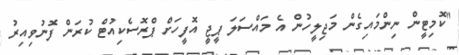
"ކޮމިޓީން ނިންމައިގެން މަޖިލީހުން އެ މައްސަލަ ޕީޖީ އޮފީހަށް ޕްރޮސެކިއުޓް ކުރަން ފޮނުވިއިރު